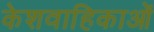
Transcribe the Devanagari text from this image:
केशवाहिकाओं